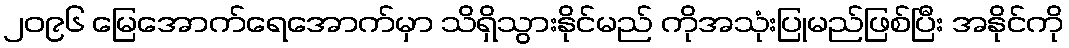
၂၀၉၆ မြေအောက်ရေအောက်မှာ သိရှိသွားနိုင်မည် ကိုအသုံးပြုမည်ဖြစ်ပြီး အနိုင်ကို